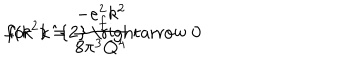
LaTeX: f ( k ^ { 2 } ) = \frac { - e _ { f } ^ { 2 } k ^ { 2 } } { 8 \pi ^ { 3 } Q ^ { 4 } } \hspace { . 5 i n } \mathrm { ~ f o r ~ k ^ { 2 } ~ \rightarrow ~ 0 ~ }